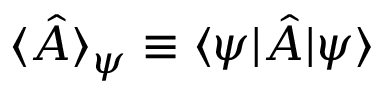
\langle \hat { A } \rangle _ { \psi } \equiv \langle \psi | \hat { A } | \psi \rangle